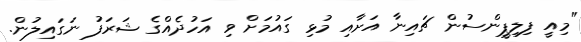
"މިއީ ފިލިޕީންސުން ޗައިނާ އަށާއި މުޅި ގައުމަށް ވި އަހުދެއްގެ ޝަރަފު ނަގައިލުން.